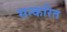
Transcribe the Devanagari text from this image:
सन्करित